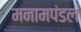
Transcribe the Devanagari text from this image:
मनामपंडल